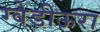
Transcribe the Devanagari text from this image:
ग्वेडीऊरा